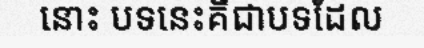
នោះ បទនេះគឺជាបទដែល